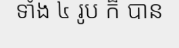
ទាំង ៤ រូប ក៏ បាន